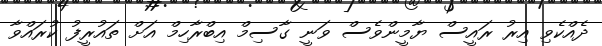
ދެއްކެވި އިރު ރައީސް ޔާމީންވެސް ވަނީ ގާސިމް އިބްރާހިމް އަށް ތައުރީފު ކުރައްވާ